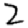
Digit: 2